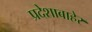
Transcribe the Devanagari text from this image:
प्रदेशाबाहेर